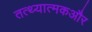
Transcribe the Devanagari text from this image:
तत्थ्यात्मकऔर